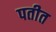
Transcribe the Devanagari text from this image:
पतीत